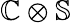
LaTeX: \mathbb{C}\otimes\mathbb{S}